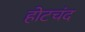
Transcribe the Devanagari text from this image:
होटचंद